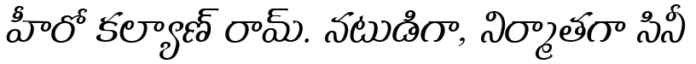
హీరో కల్యాణ్ రామ్. నటుడిగా, నిర్మాతగా సినీ